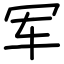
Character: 军